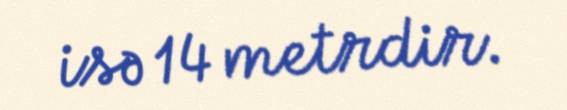
isə 14 metrdir.